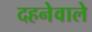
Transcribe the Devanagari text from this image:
दहनेवाले